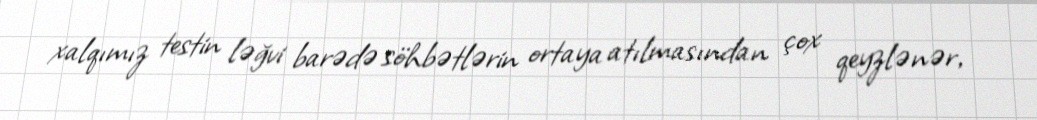
xalqımız testin ləğvi barədə söhbətlərin ortaya atılmasından çox qeyzlənər,